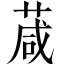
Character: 葴